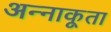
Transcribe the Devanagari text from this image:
अन्‍नाकूता